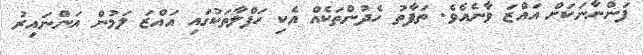
ފަންނާނަކަށް އައްޒަ ވާނެއެވެ. ތަފާތު ހެދުންތަކެއް އެކި ހަފްލާތަކުގައި އައްޒަ ލަމުން އަންނައިރު